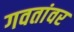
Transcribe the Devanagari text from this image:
गवतांवर